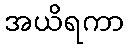
အယိရကာ